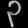
Digit: ၃